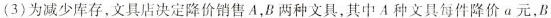
(3)为减少库存，文具店决定降价销售 A，B 两种文具，其中 A 种文具每件降价 a 元，B